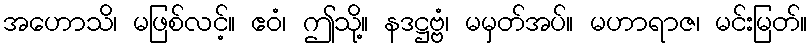
အဟောသိ၊ မဖြစ်လင့်။ ဧဝံ၊ ဤသို့။ နဒဋ္ဌဗ္ဗံ၊ မမှတ်အပ်။ မဟာရာဇ၊ မင်းမြတ်။